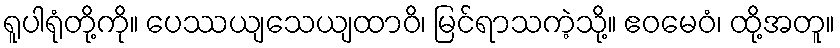
ရူပါရုံတို့ကို။ ပေဿယျသေယျထာဝိ၊ မြင်ရာသကဲ့သို့။ ဧဝမေဝံ၊ ထို့အတူ။